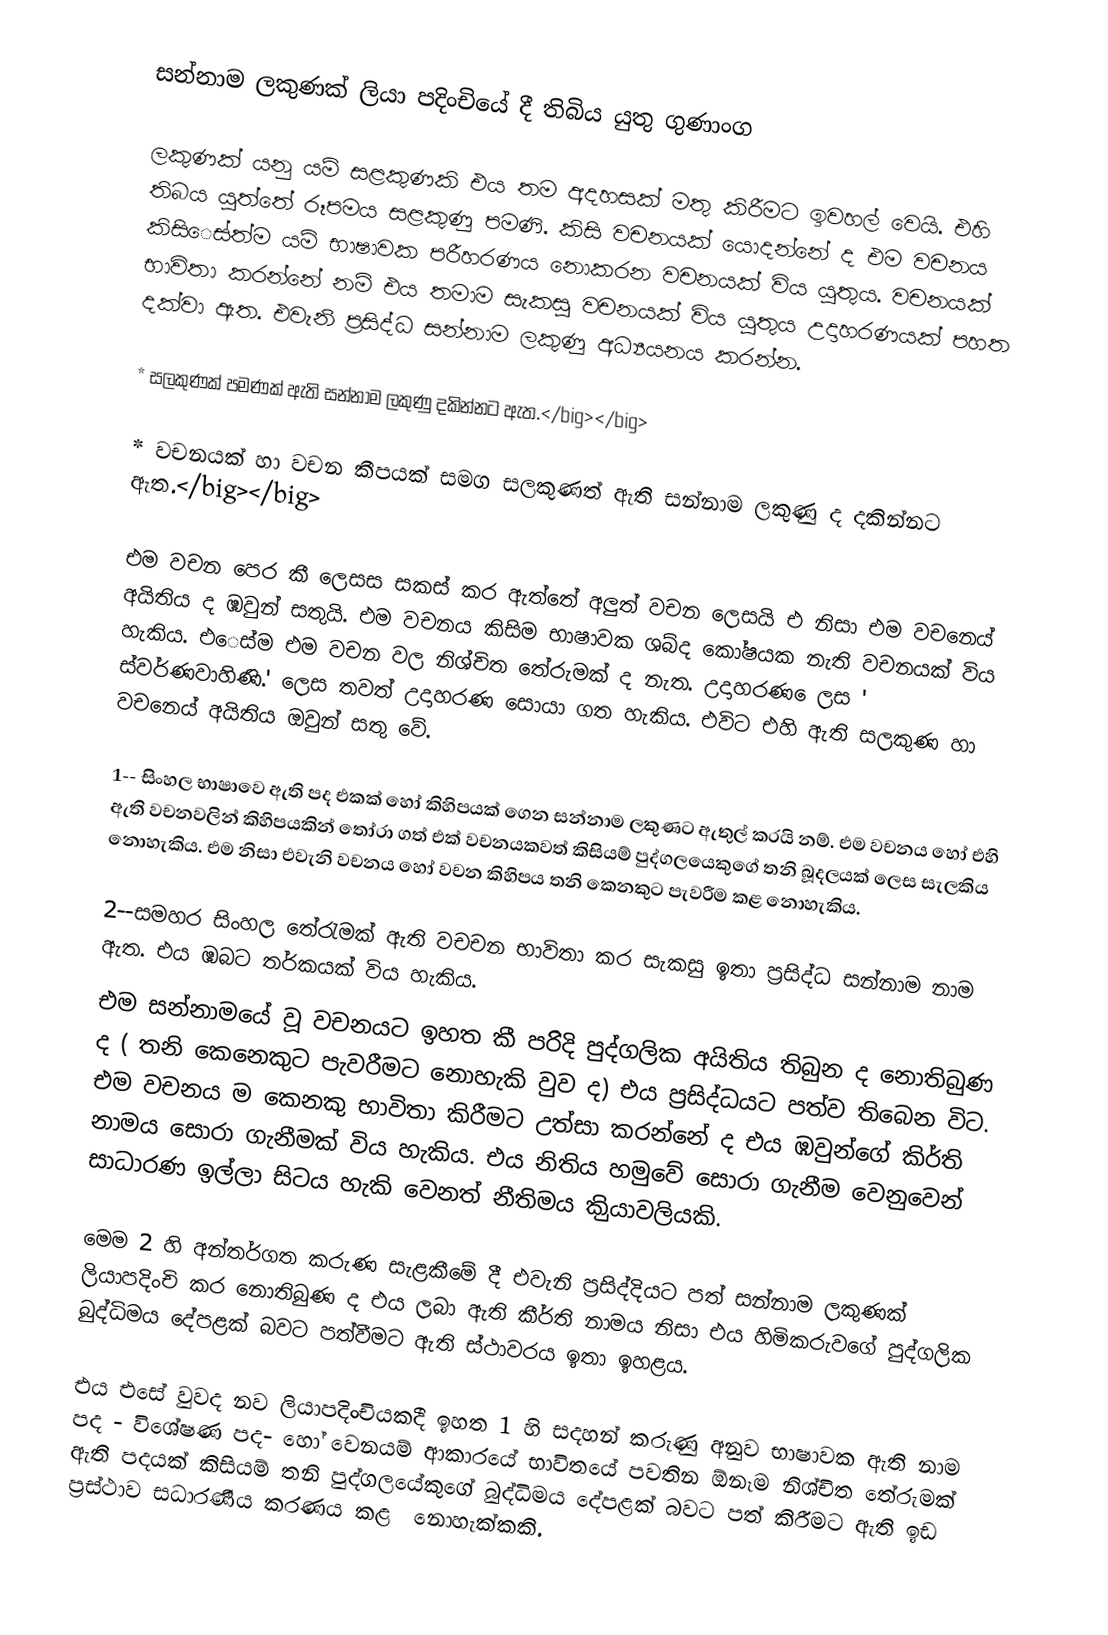
සන්නාම ලකුණක් ලියා පදිංචියේ දී  තිබිය යුතු ගුණාංග

ලකුණක් යනු යම් සළකුණකි එය තම අදහසක් මතු කිරීමට  ඉවහල් වෙයි. එහි  තිබය යුත්තේ රූපමය සළකුණු පමණි. කිසි වචනයක් යොදන්නේ ද එම වචනය කිසිෙස්ත්ම යම් භාෂාවක පරීහරණය නොකරන වචනයක් විය යුතුය. වචනයක් භාවිතා කරන්නේ නම් එය තමාම සැකසු වචනයක් විය යුතුය උදාහරණයක් පහත දක්වා ඇත.  එවැනි ප්‍රසිද්ධ සන්නාම ලකුණු අධ්‍යයනය කරන්න.

*   සලකුණක් පමණක් ඇති සන්නාම ලකුණු දකින්නට ඇත.</big></big>

*    වචනයක් හා වචන කීපයක් සමග සලකුණත් ඇති  සන්නාම ලකුණු  ද දකින්නට  ඇත.</big></big>

එම වචන පෙර කී ලෙසස සකස් කර ඇත්තේ අලුත් වචන ලෙසයි එ නිසා එම වචනෙය් අයිතිය ද ඹවුන් සතුයි.  එම වචනය කිසිම භාෂාවක ශබ්ද කෝෂයක නැති වචනයක් විය හැකිය. එෙස්ම එම වචන වල නිශ්චිත තේරුමක් ද නැත. උදාහරණ ෙලස      ' ස්වර්ණවාහිණි.'   ලෙස තවත් උදාහරණ සොයා ගත හැකිය. එවිට එහි ඇති සලකුණ හා වචනෙය් අයිතිය ඔවුන් සතු වේ.

1-- සිංහල භාෂාවෙ ඇති පද එකක් හෝ කිහිපයක් ගෙන සන්නාම ලකුණට ඇතුල් කරයි නම්. එම වචනය හෝ  එහි ඇති වචනවලින් කිහිපයකින් තෝරා ගත් එක් වචනයකවත් කිසියම් පුද්ගලයෙකුගේ  තනි බූදලයක්  ලෙස සැලකිය නොහැකිය. එම නිසා එවැනි   වචනය හෝ  වචන කිහිපය තනි කෙනකුට පැවරීම කළ නොහැකිය.

2--සමහර සිංහල තේරැමක් ඇති වචචන භාවිතා කර සැකසු ඉතා ප්‍රසිද්ධ සන්නාම නාම ඇත. එය ඹබට තර්කයක් විය හැකිය.
එම සන්නාමයේ වූ වචනයට ඉහත කී පරිිදි පුද්ගලික අයිතිය   තිබුන ද නොතිබුණ ද ( තනි කෙනෙකුට පැවරීමට නොහැකි වුව ද) එය ප්‍රසිද්ධයට පත්ව තිබෙන විට. එම වචනය ම කෙනකු භාවිතා කිරීමට උත්සා කරන්නේ ද එය ඹවුන්ගේ කිර්ති නාමය සොරා  ගැනීමක් විය හැකිය. එය නිතිය හමුවේ සොරා ගැනීම වෙනුවෙන් සාධාරණ ඉල්ලා සිටය හැකි වෙනත් නීතිමය කිුයාවලියකි.

මෙම 2 හි අන්තර්ගත කරුණ සැළකීමේ දී එවැනි ප්‍රසිද්දියට පත් සන්නාම ලකුණක් ලියාපදිංචි කර නොතිබුණ ද එය ලබා ඇති කීර්ති නාමය නිසා එය හිමිකරුවගේ  පුද්ගලික බුද්ධිමය දේපළක් බවට පත්වීමට ඇති ස්ථාවරය ඉතා ඉහළය.

එය එසේ වුවද නව ලියාපදිංචියකදී ඉහත 1 හි සදහන් කරුණු අනුව භාෂාවක ඇති නාම පද - විශේෂණ පද- හෝ වෙනයම් ආකාරයේ භාවිතයේ පවතින ඕනෑම  නිශ්චිත තේරුමක් ඇති පදයක් කිසියම් තනි පුද්ගලයේකුගේ බුද්ධිමය දේපළක් බවට පත් කිරීමට ඇති ඉඩ ප්‍රස්ථාව සධාරණීය කරණය කළ ‍ නොහැක්කකි.